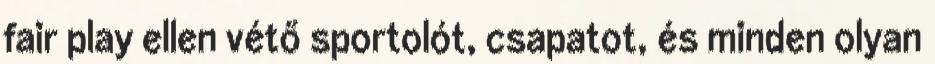
fair play ellen vétő sportolót, csapatot, és minden olyan